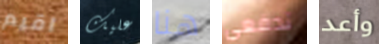
اقيم عليك هنا تدفعي وأعد